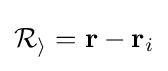
\mathbf {\mathcal {R_{i}}} =\mathbf {r} -\mathbf {r} _{i}